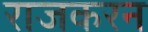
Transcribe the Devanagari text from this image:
राजकरन